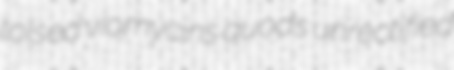
toised viomycins quods unrectified